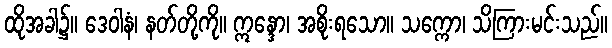
ထိုအခါ၌။ ဒေဝါနံ၊ နတ်တို့ကို။ ဣန္ဒော၊ အစိုးရသော။ သက္ကော၊ သိကြားမင်းသည်။